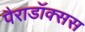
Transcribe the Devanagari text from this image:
पैराडॉक्सस